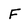
Character: F